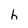
Character: h